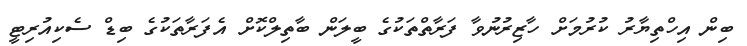
ބިން އިހްތިޔާރު ކުރުމަށް ހާޒިރުނުވާ ފަރާތްތަކުގެ ބީލަން ބާތިލްކޮށް އެފަރާތަކުގެ ބިޑް ސެކިއުރިޓީ